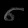
Digit: ၈